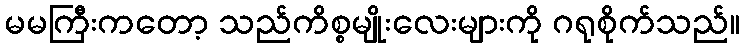
မမကြီးကတော့ သည်ကိစ္စမျိုးလေးများကို ဂရုစိုက်သည်။